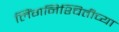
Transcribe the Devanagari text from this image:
लिंगनिश्चितीच्या